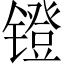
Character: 镫